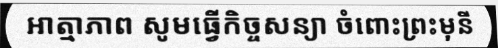
អាត្មាភាព សូមធ្វើកិច្ចសន្យា ចំពោះព្រះមុនី